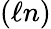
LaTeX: (\ell n)